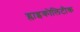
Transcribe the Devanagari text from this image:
ग्लाइकोलिटीक